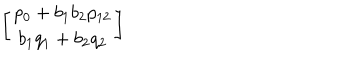
\left[ \begin{array} { c } { { p _ { 0 } + b _ { 1 } b _ { 2 } p _ { 1 2 } } } \\ { { b _ { 1 } q _ { 1 } + b _ { 2 } q _ { 2 } } } \\ \end{array} \right]